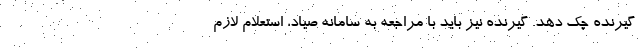
گیرنده چک دهد. گیرنده نیز باید با مراجعه به سامانه صیاد، استعلام لازم